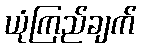
ယုံကြည်ချက်